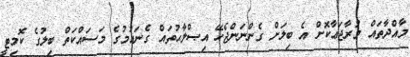
މާއްދާތައް މުރާޖަޢާކޮށް އެ ބިލަށް ގެންނަންޖެހޭ އިޞްލާޙުތައް ގެނައުމުގެ މަސައްކަތް ބިލުގެ ކޮމިޓީ